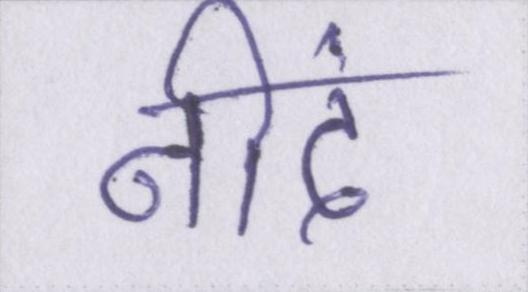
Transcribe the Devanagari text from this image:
नीदं